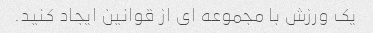
یک ورزش با مجموعه ای از قوانین ایجاد کنید.